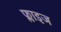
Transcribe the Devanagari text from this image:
फ्लाइज